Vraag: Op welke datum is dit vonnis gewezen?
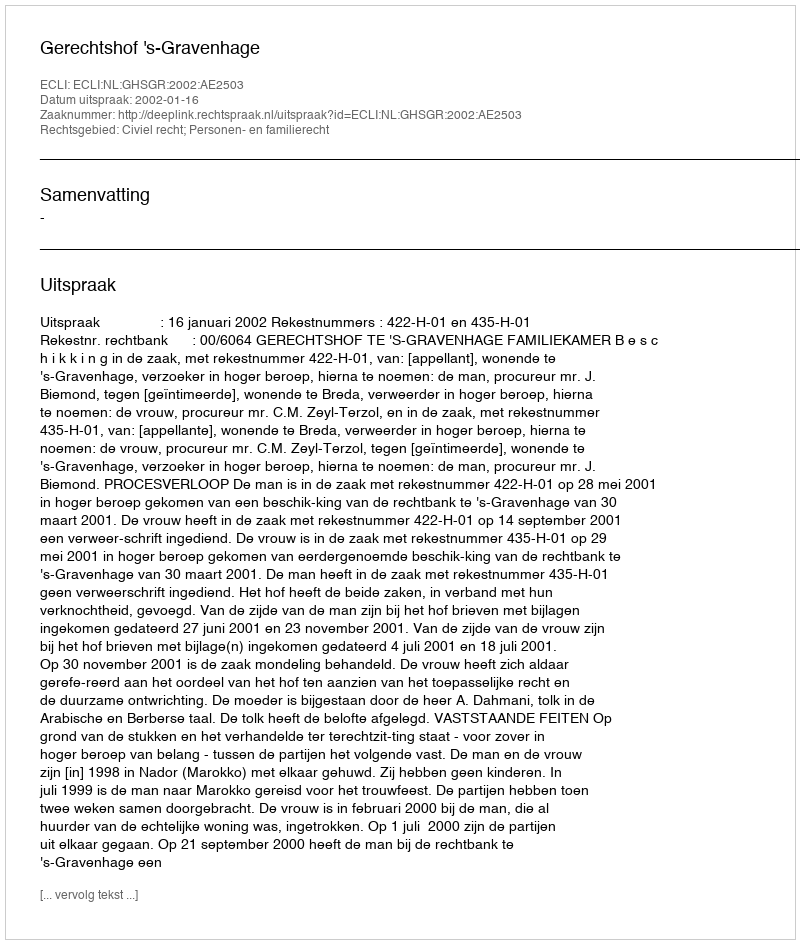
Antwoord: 2002-01-16